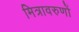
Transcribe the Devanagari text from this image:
मित्रावरुणों